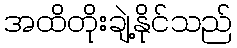
အထိတိုးချဲ့နိုင်သည်